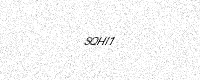
Text: SQHI1